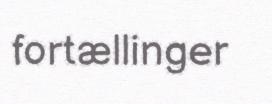
fortællinger